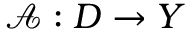
\mathcal { A } : D \to Y